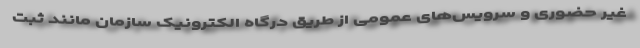
غیر حضوری و سرویس‌های عمومی از طریق درگاه الکترونیک سازمان مانند ثبت